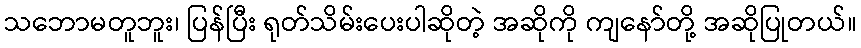
သဘောမတူဘူး၊ ပြန်ပြီး ရုတ်သိမ်းပေးပါဆိုတဲ့ အဆိုကို ကျနော်တို့ အဆိုပြုတယ်။